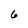
Character: 6